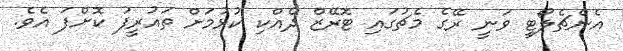
އެންޗެލޯޓީ ވަނީ ރޭގެ މެޗުގައި ޓޮރޭޒް ދެއްކި ކުޅުމަށް ތައުރީފު ކޮށްފަ އެވެ.